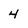
Character: 4